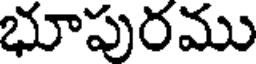
భూపురము